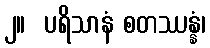
၂။  ပရိသာနံ စတဿန္နံ၊